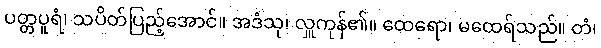
ပတ္တပူရံ၊ သပိတ်ပြည့်အောင်။ အဒံသု၊ လှူကုန်၏။ ထေရော၊ မထေရ်သည်။ တံ၊